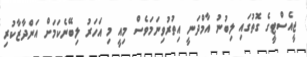
ޖީއެސްޓީގެ ގޮތުގައި ލިބުނު އާމްދަނީ އިތުރުވިނަމަވެސް މިއީ މި އަހަރު ލިބޭނެކަމަށް އަންދާޒާކުރި